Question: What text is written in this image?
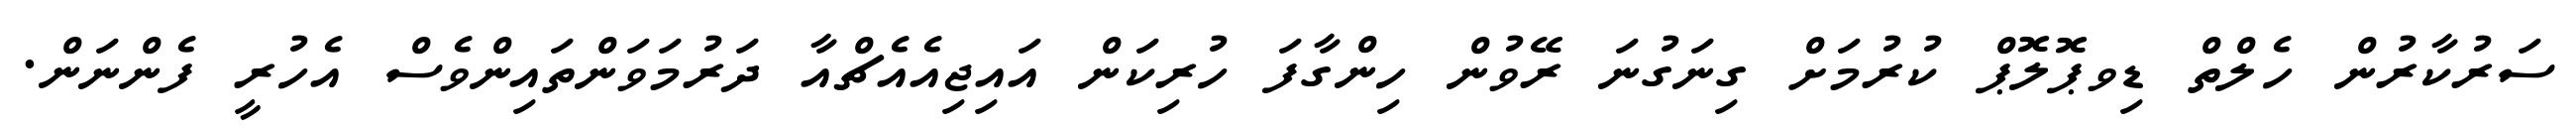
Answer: ސަރުކާރުން ހެލްތް ޑިވޕޮލޮޕް ކުރުމަށް ގިނަގުނަ ރޭވުން ހިންގާފަ ހުރިކަން އައިޖިއެއެޗްއާ ދަރުމަވަންތައިންވެސް އެހުރީ ފެންނަން.